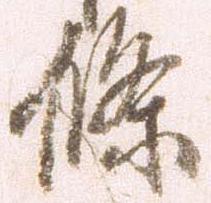
条